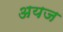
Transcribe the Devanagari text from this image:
अयज